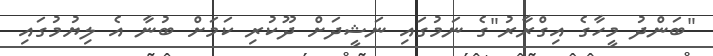
"ބަންދު މީހާގެ އިގްރާރު"ގެ ނަމުގައި ނަޝީދަށް ދޫކުރި ކަމަށް ބުނާ އެ ލިޔުމުގައި